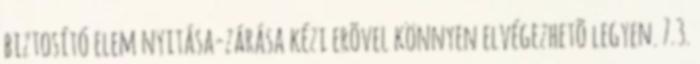
biztosító elem nyitása-zárása kézi erõvel könnyen elvégezhetõ legyen. 7.3.